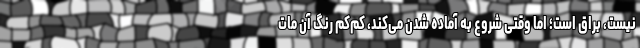
نیست، براق است؛ اما وقتی شروع به آماده شدن می‌کند، کم‌کم رنگ آن مات